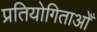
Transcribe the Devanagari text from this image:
प्रतियोगिताओँ